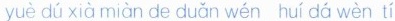
yuè dú xià miàn de duǎn wén huí dá wèn tí